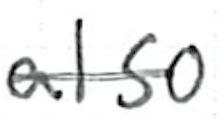
Text: also
Cross-out: single-line
Writing tool: ballpoint